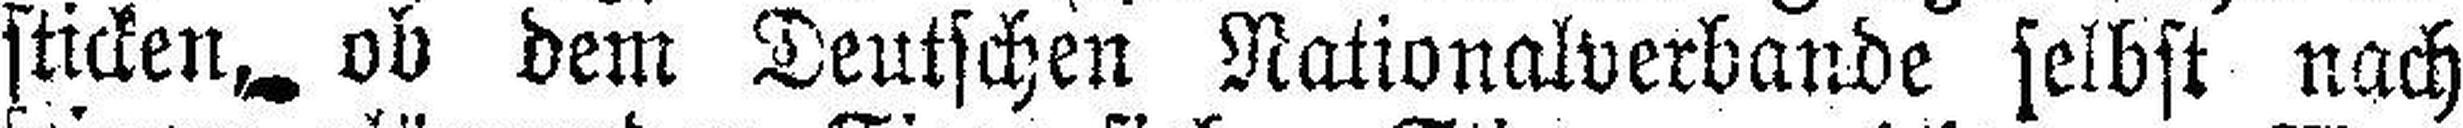
sticken, ob dem Deutschen Nationalverbande selbst nach